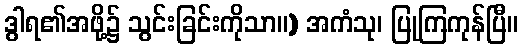
ဒွါရ၏အဖို့၌ သွင်းခြင်းကိုသာ။) အကံသု၊ ပြုကြကုန်ပြီ။